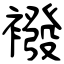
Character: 襏